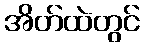
အိတ်ထဲတွင်